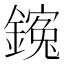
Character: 䥉